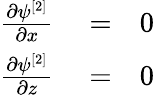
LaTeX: \begin{array}{rlr}{\frac{\partial\psi^{[2]}}{\partial x}}&{{}=}&{0}\\ {\frac{\partial\psi^{[2]}}{\partial z}}&{{}=}&{0}\end{array}